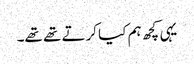
یہی کچھ ہم کیا کرتے تھے تھے۔